65_HS1-834228961_62-HQ-83894_Section_6
Agency: FBI
Page 25
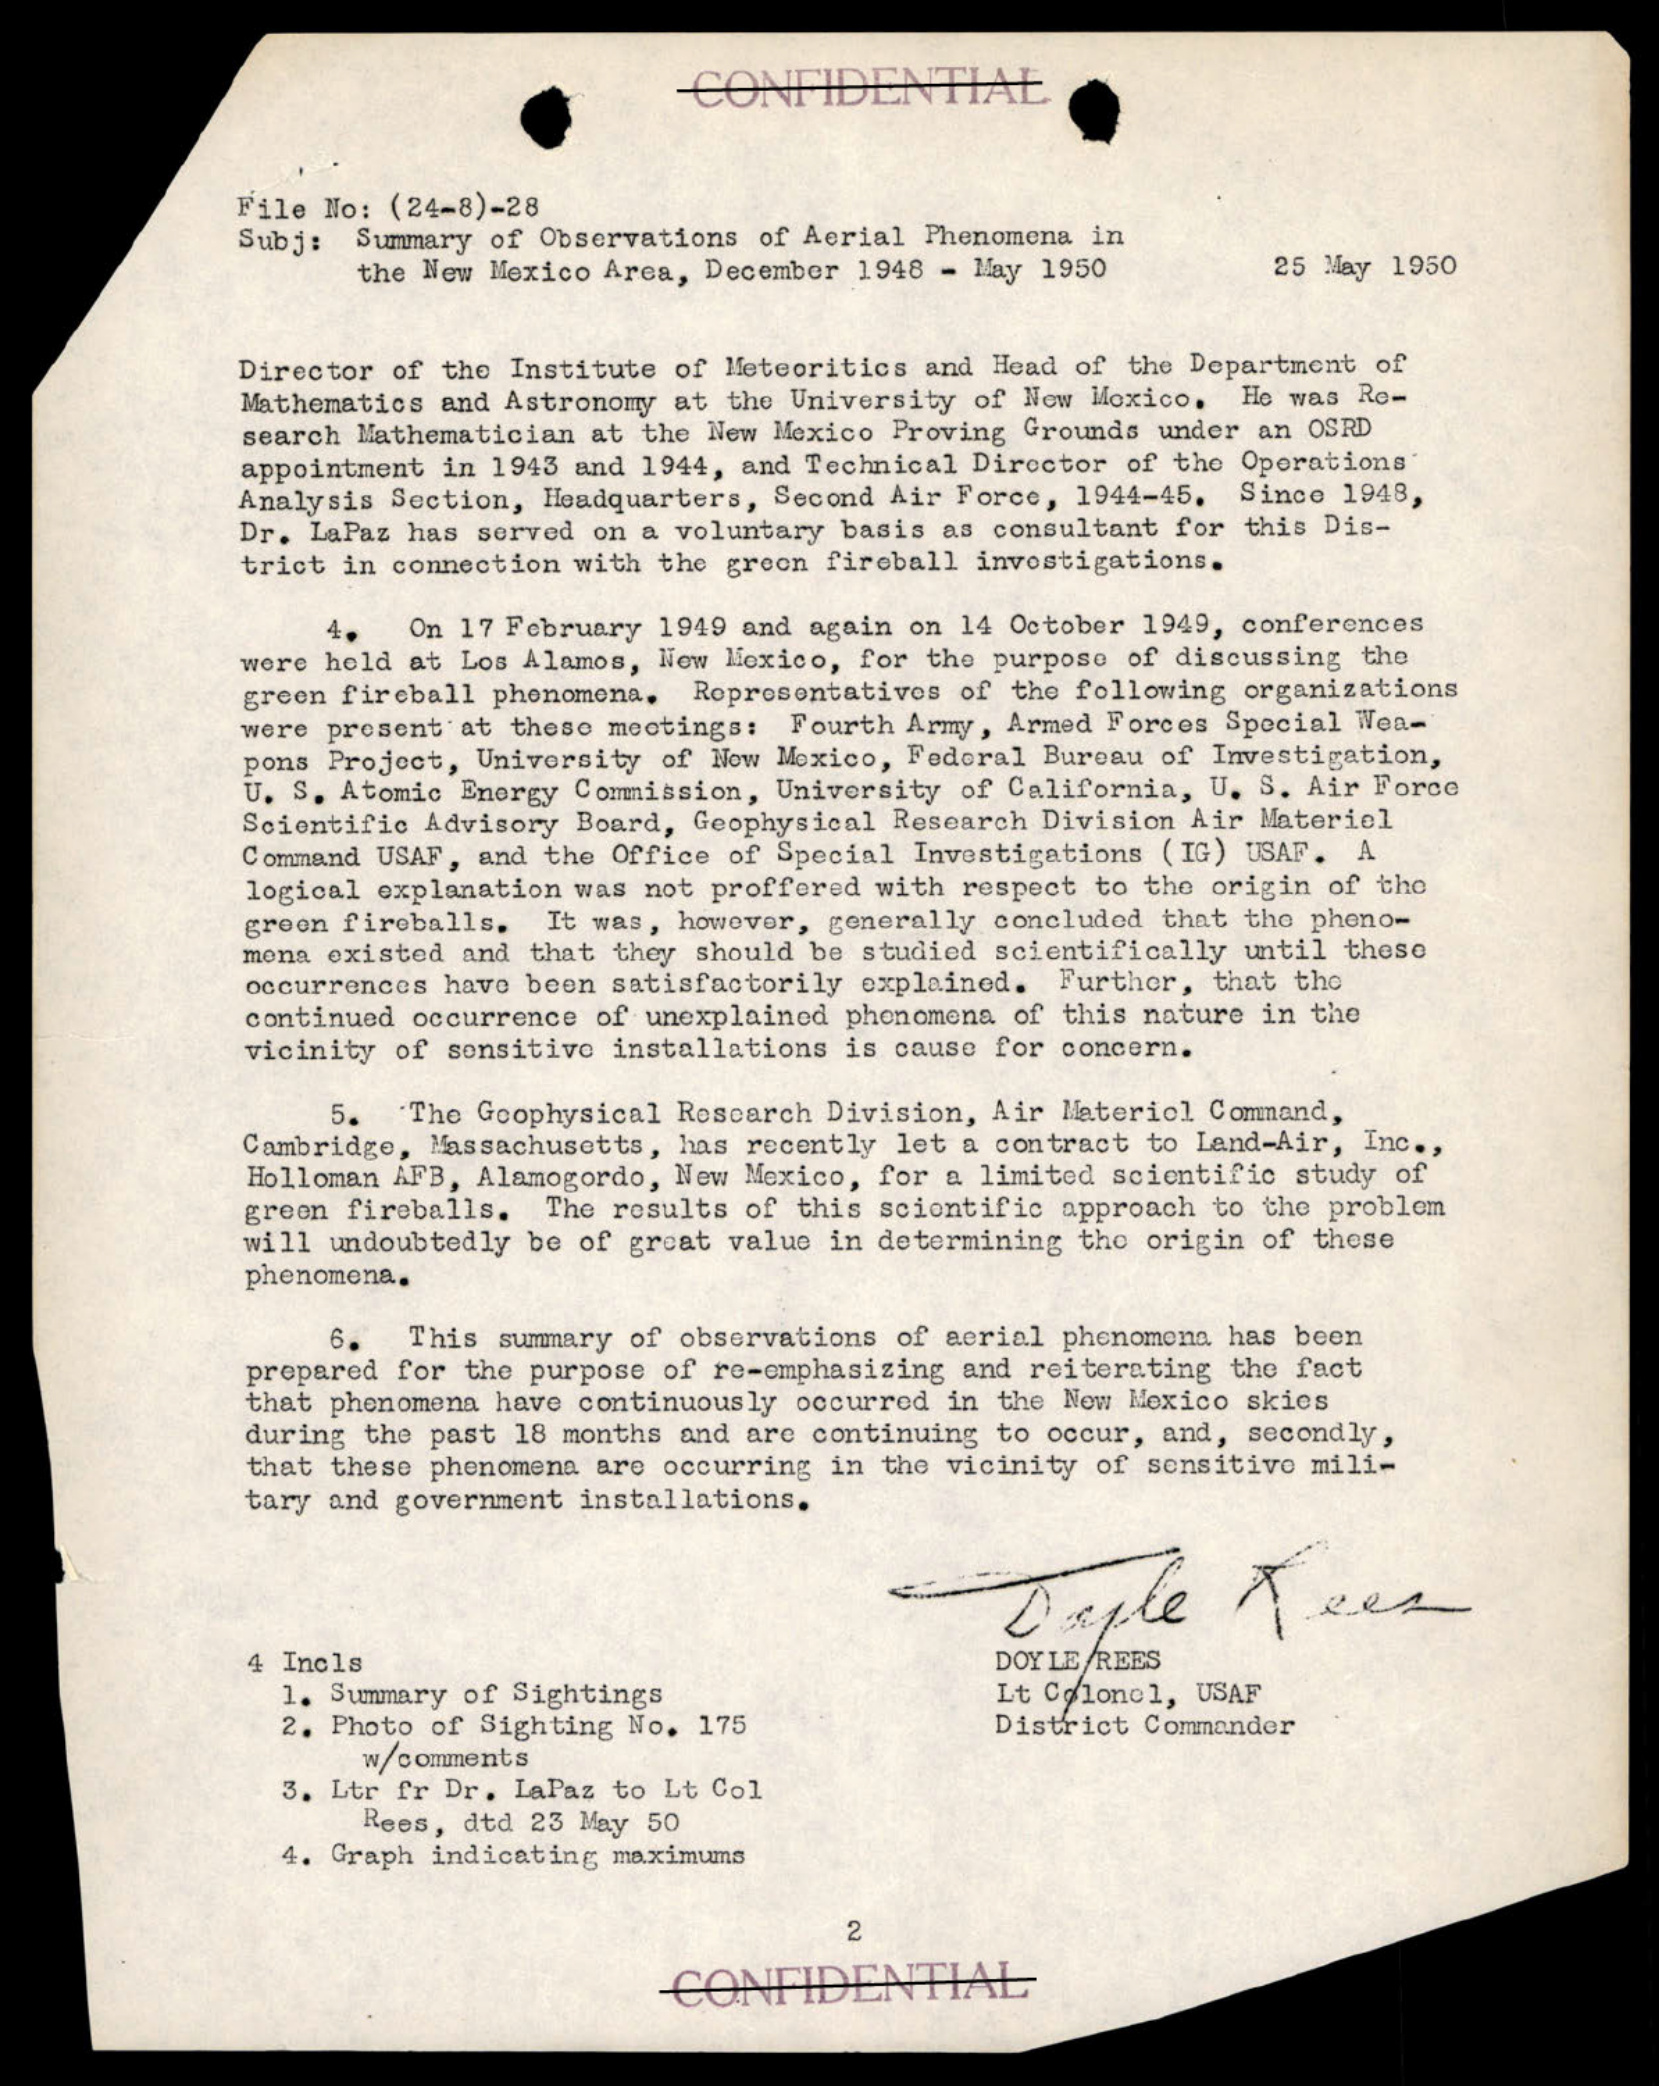